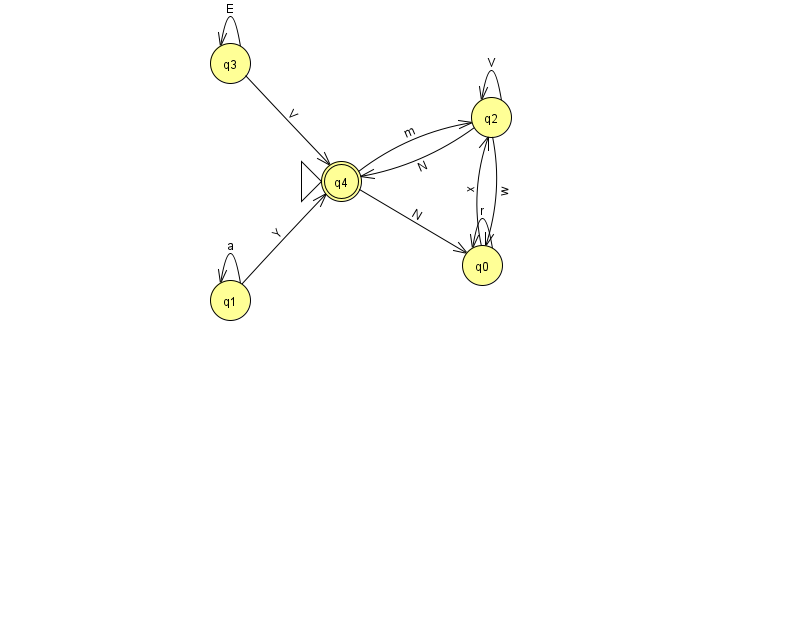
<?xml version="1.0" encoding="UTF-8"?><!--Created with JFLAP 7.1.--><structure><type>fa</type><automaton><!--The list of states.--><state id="0" name="q0"><x>482.0</x><y>252.0</y></state><state id="1" name="q1"><x>230.0</x><y>287.0</y></state><state id="2" name="q2"><x>491.0</x><y>104.0</y></state><state id="3" name="q3"><x>230.0</x><y>50.0</y></state><state id="4" name="q4"><x>341.0</x><y>168.0</y><initial/><final/></state><!--The list of transitions.--><transition><from>1</from><to>1</to><read>a</read></transition><transition><from>2</from><to>0</to><read>w</read></transition><transition><from>0</from><to>0</to><read>r</read></transition><transition><from>1</from><to>4</to><read>Y</read></transition><transition><from>3</from><to>3</to><read>E</read></transition><transition><from>2</from><to>2</to><read>V</read></transition><transition><from>3</from><to>4</to><read>V</read></transition><transition><from>4</from><to>0</to><read>N</read></transition><transition><from>2</from><to>4</to><read>N</read></transition><transition><from>0</from><to>2</to><read>x</read></transition><transition><from>4</from><to>2</to><read>m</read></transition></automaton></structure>